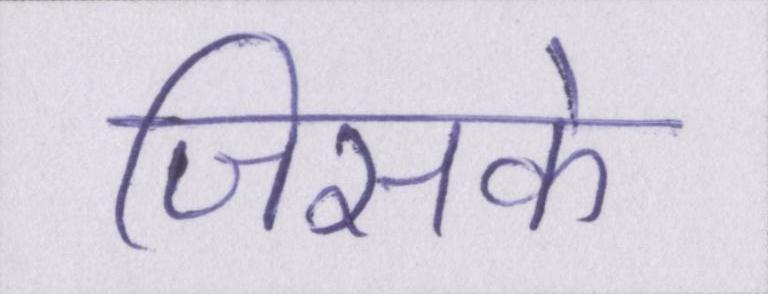
जिसके